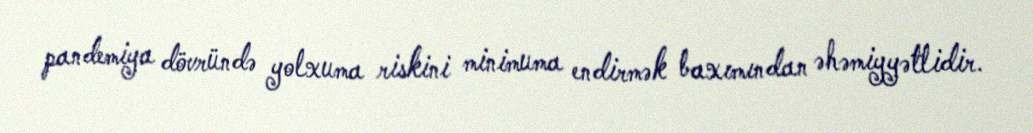
pandemiya dövründə yolxuma riskini minimuma endirmək baxımından əhəmiyyətlidir.